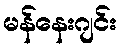
မန်နေးဂျင်း